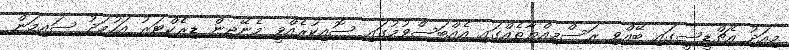
މިއަދު އެޗްޑީސީގައި ބޭއްވި ރަސްމިއްޔާތެއްގައި އެއްބަސްވުމުގައި ސޮއިކުރެއްވީ މެނޭޖިން ޑިރެކްޓަރު އަހުމަދު ސައިމަން